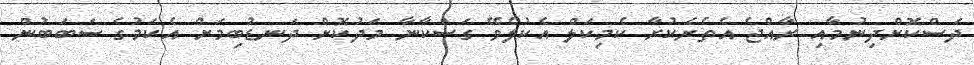
ދަސްކޮށްދިނުމާއި ރާއްޖެ އެތެރެކުރާ ކެމިކަލް އެކުލެވޭ ގަސްކާނާ މަދުކޮށް ދަނޑުބިމަށް އެކަމުގެ ސަބަބުން